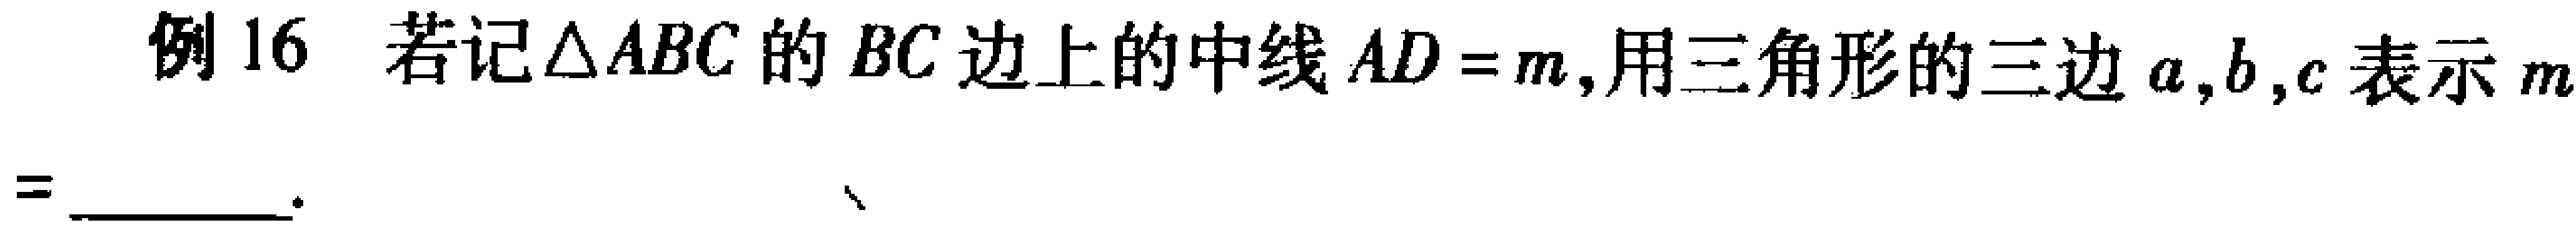
例16 若记$\triangle ABC$的$BC$边上的中线$AD = m$, 用三角形的三边$a,b,c$表示$m$ =  .